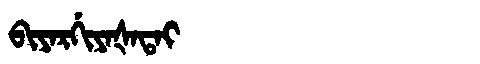
Manchu: ᠪᡳᠶᠠᡵᡤᡳᠶᠠᡧᠠᡨᠠᡳ
Romanization: BIYARGIYAŠATAI